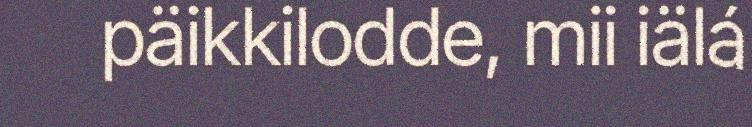
päikkilodde, mii iälá